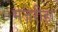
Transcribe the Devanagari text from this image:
मज़रीहा